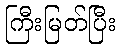
ကြီးမြတ်ပြီး